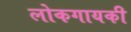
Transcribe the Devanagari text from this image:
लोकगायकी